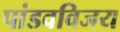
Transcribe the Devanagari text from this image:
पांडवविजय